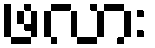
ဖလား